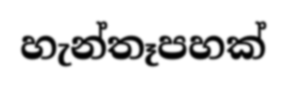
හැන්තෑපහක්